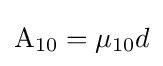
\mathrm {A} _{10}=\mu _{10}d